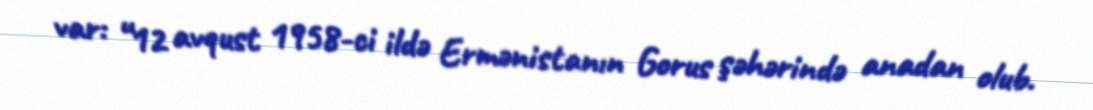
var: “12 avqust 1958-ci ildə Ermənistanın Gorus şəhərində anadan olub.